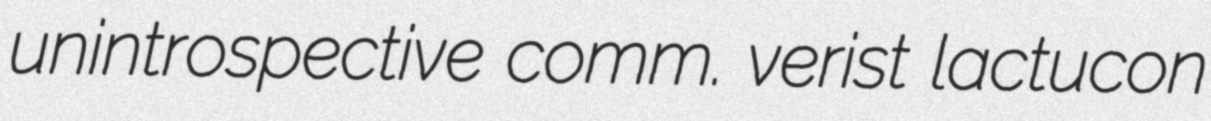
unintrospective comm. verist lactucon